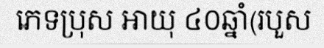
ភេទប្រុស អាយុ ៤០ឆ្នាំ(របួស